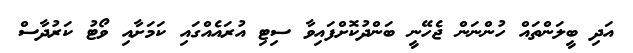
އަދި ބީލަންތައް ހުންނަން ޖެހޭނީ ބަންދުކޮށްފައިވާ ސިޓި އުރައެއްގައި ކަމަށާއި ވޯޓު ކަރުދާސް